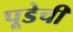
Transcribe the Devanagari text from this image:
पूडेची